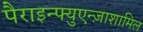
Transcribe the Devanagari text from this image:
पैराइन्फ्युएन्ज़ाशामिल